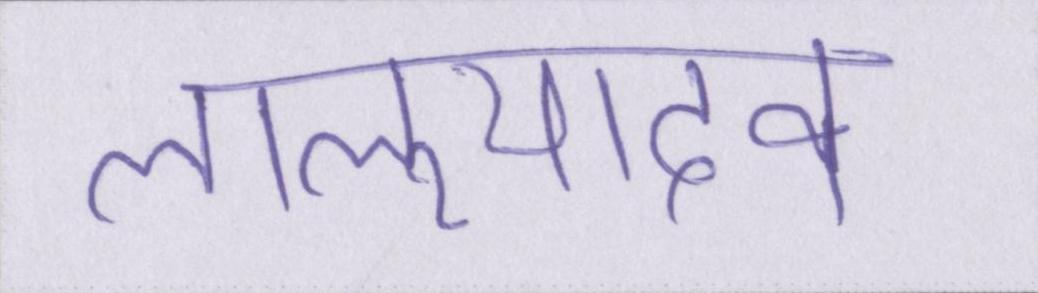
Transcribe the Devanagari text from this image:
लालूयादव